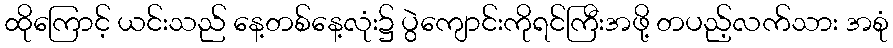
ထိုကြောင့် ယင်းသည် နေ့တစ်နေ့လုံး၌ ပွဲကျောင်းကိုရင်ကြီးအဖို့ တပည့်လက်သား အစုံ